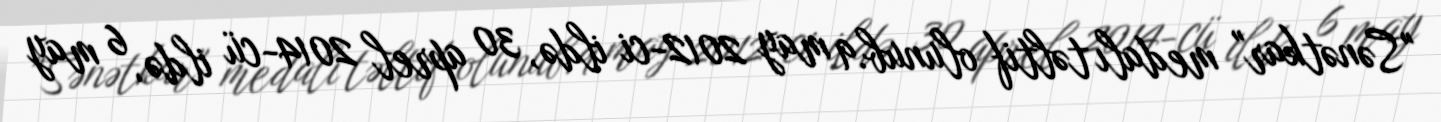
"Sənətkar" medalı təltif olunub.9 may 2012-ci ildə, 30 aprel 2014-cü ildə, 6 may